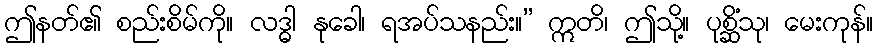
ဤနတ်၏ စည်းစိမ်ကို။ လဒ္ဓါ နုခေါ၊ ရအပ်သနည်း။” ဣတိ၊ ဤသို့။ ပုစ္ဆိံသု၊ မေးကုန်။